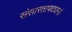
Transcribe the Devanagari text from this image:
संसारतापदघानां